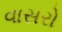
વાસરો